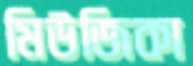
মিউজিকা